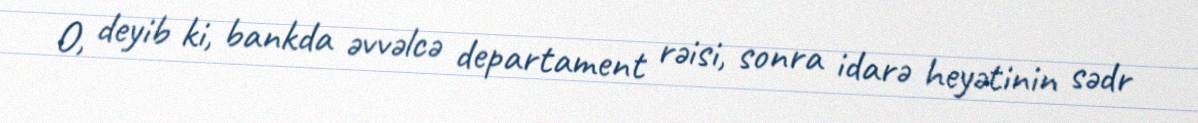
O, deyib ki, bankda əvvəlcə departament rəisi, sonra idarə heyətinin sədr